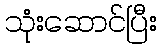
သုံးဆောင်ပြီး